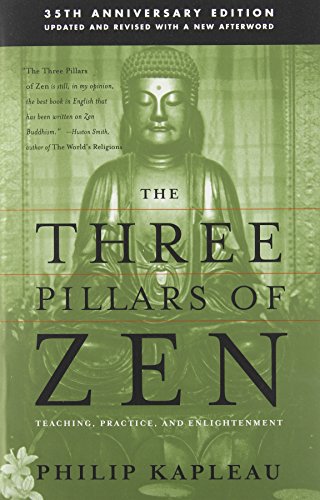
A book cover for The Three Pillars of Zen: Teaching, Practice, and Enlightenment; Philip Kapleau Roshi; Politics & Social Sciences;